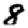
Digit: 8